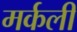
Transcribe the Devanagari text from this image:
मर्कली